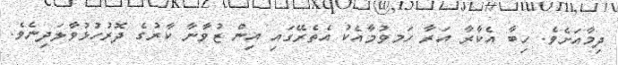
ދިމާއަށެވެ. ހިބާ އެކާރާ އަރާ ހަމވުމާއެކު އެތެރޭގައި އިން ޒުވާނާ ކާރުގެ ދޮރުހުޅުވާލަދިނެވެ.